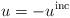
LaTeX: \begin{align*}u = - u^{\rm inc}\end{align*}